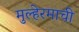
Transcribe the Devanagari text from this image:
मुल्हेरमाची